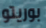
بوريتو